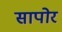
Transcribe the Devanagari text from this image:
सापोर